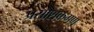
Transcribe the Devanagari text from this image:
प्रसाशकगण